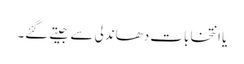
یا انتخابات دھاندلی سے جیتے گئے۔